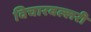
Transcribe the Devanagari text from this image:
विचारवल्लरी